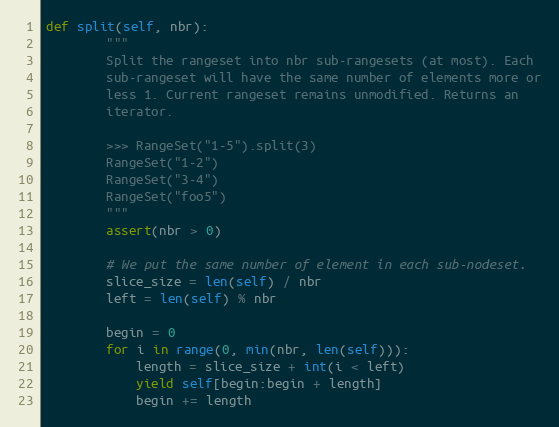
Language: Python
def split(self, nbr):
        """
        Split the rangeset into nbr sub-rangesets (at most). Each
        sub-rangeset will have the same number of elements more or
        less 1. Current rangeset remains unmodified. Returns an
        iterator.

        >>> RangeSet("1-5").split(3)
        RangeSet("1-2")
        RangeSet("3-4")
        RangeSet("foo5")
        """
        assert(nbr > 0)

        # We put the same number of element in each sub-nodeset.
        slice_size = len(self) / nbr
        left = len(self) % nbr

        begin = 0
        for i in range(0, min(nbr, len(self))):
            length = slice_size + int(i < left)
            yield self[begin:begin + length]
            begin += length